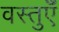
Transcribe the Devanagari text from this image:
वस्तुऍँ